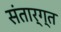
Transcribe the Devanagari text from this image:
संतार्ग्त